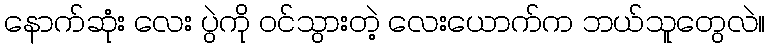
နောက်ဆုံး လေး ပွဲကို ဝင်သွားတဲ့ လေးယောက်က ဘယ်သူတွေလဲ။